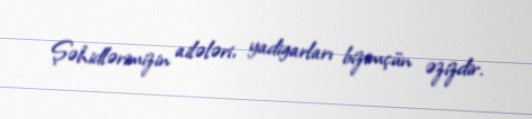
Şəhidlərimizin ailələri, yadigarları bizimçün əzizdir.